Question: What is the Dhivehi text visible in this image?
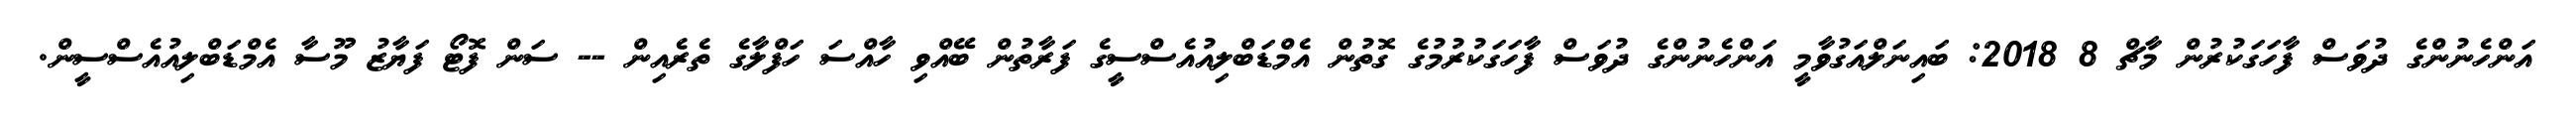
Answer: އަންހެނުންގެ ދުވަސް ފާހަގަކުރުން މާޗް 8 2018: ބައިނަލްއަގުވާމީ އަންހެނުންގެ ދުވަސް ފާހަގަކުރުމުގެ ގޮތުން އެމްޑަބްލިއުއެސްސީގެ ފަރާތުން ބޭއްވި ހާއްސަ ހަފްލާގެ ތެރެއިން -- ސަން ފޮޓޯ ފަޔާޒު މޫސާ އެމްޑަބްލިއުއެސްސީން.